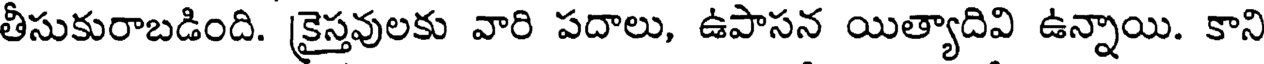
తీసుకురాబడింది. క్రైస్తవులకు వారి పదాలు, ఉపాసన యిత్యాదివి ఉన్నాయి. కాని